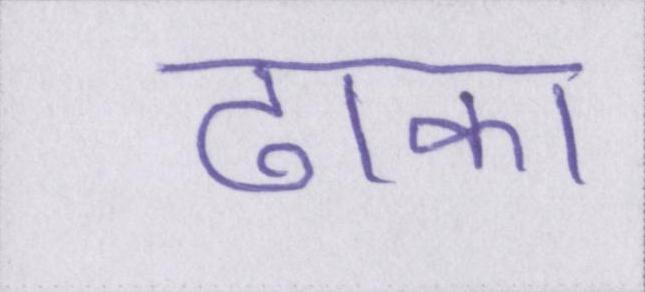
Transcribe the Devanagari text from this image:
ढाका